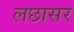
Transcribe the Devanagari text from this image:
लछासर